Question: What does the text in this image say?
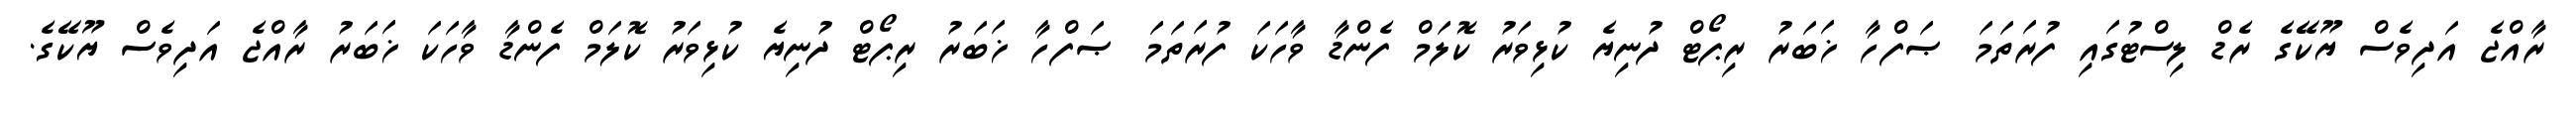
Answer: ރާއްޖެ އަދިވެސް ޔޫކޭގެ ރެޑް ލިސްޓުގައި ފުރަތަމަ ޞަފްހާ ޚަބަރު ރިޕޯޓް ދުނިޔެ ކުޅިވަރު ކޮލަމް ފެންޑާ ވާހަކަ ފުރަތަމަ ޞަފްހާ ޚަބަރު ރިޕޯޓް ދުނިޔެ ކުޅިވަރު ކޮލަމް ފެންޑާ ވާހަކަ ޚަބަރު ރާއްޖެ އަދިވެސް ޔޫކޭގެ.